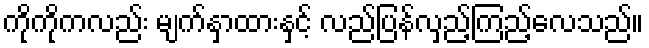
ကိုကိုကလည်း မျက်နှာထားနှင့် လည်ပြန်လှည့်ကြည့်လေသည်။